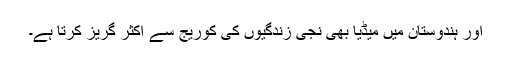
اور ہندوستان میں میڈیا بھی نجی زندگیوں کی کوریج سے اکثر گریز کرتا ہے۔